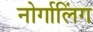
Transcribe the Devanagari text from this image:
नोर्गालिंग